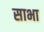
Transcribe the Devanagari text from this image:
साभा